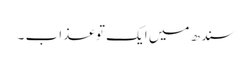
سندھ میں ایک تو عذاب ۔